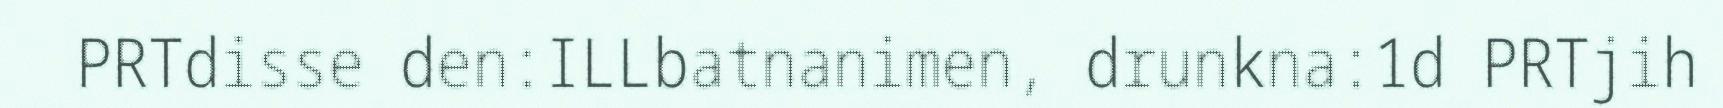
PRTdisse den:ILLbatnanimen, drunkna:1d PRTjih